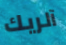
آلريك